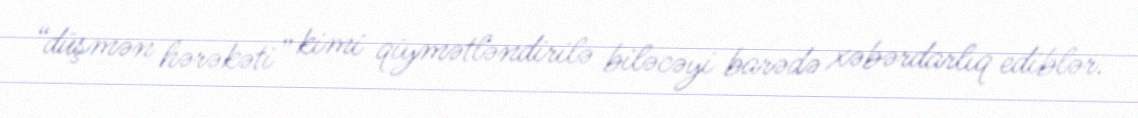
“düşmən hərəkəti” kimi qiymətləndirilə biləcəyi barədə xəbərdarlıq ediblər.